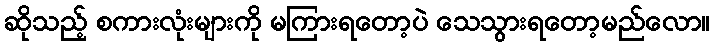
ဆိုသည့် စကားလုံးများကို မကြားရတော့ပဲ သေသွားရတော့မည်လော။